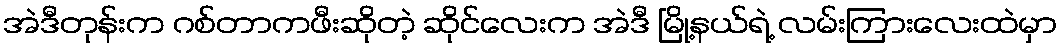
အဲဒီတုန်းက ဂစ်တာကဖီးဆိုတဲ့ ဆိုင်လေးက အဲဒီ မြို့နယ်ရဲ့ လမ်းကြားလေးထဲမှာ